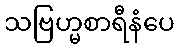
သဗြဟ္မစာရီနံပေ